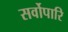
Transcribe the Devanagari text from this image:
सर्वोपारि